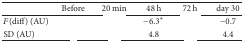
<table><thead><tr><td>[EMPTY_CELL]</td><td><b>Before</b></td><td><b>20 min</b></td><td><b>48 h</b></td><td><b>72 h</b></td><td><b>day 30</b></td></tr></thead><tbody><tr><td><i>F</i>(diff) (AU)</td><td>[EMPTY_CELL]</td><td>[EMPTY_CELL]</td><td>−6.3*</td><td>[EMPTY_CELL]</td><td>−0.7</td></tr><tr><td>SD (AU)</td><td>[EMPTY_CELL]</td><td>[EMPTY_CELL]</td><td>4.8</td><td>[EMPTY_CELL]</td><td>4.4</td></tr></tbody></table>